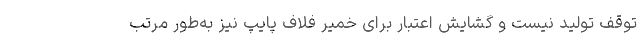
توقف تولید نیست و گشایش اعتبار برای خمیر فلاف پایپ نیز به‌طور مرتب